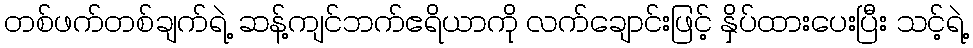
တစ်ဖက်တစ်ချက်ရဲ့ ဆန့်ကျင်ဘက်ဧရိယာကို လက်ချောင်းဖြင့် နှိပ်ထားပေးပြီး သင့်ရဲ့